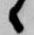
候